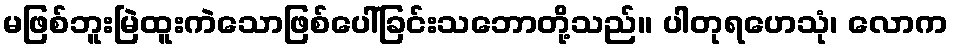
မဖြစ်ဘူးမြဲထူးကဲသောဖြစ်ပေါ်ခြင်းသဘောတို့သည်။ ပါတုရဟေသုံ၊ လောက